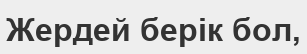
Жердей берік бол,